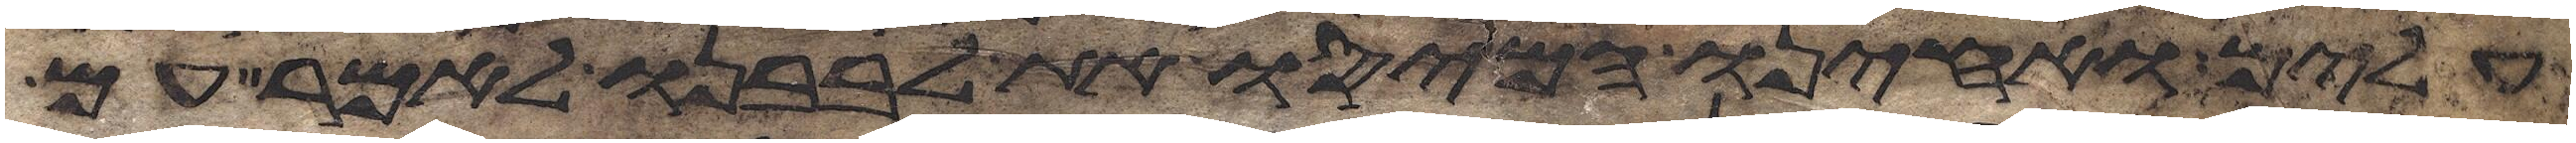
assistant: עלים ואחינו המיסו את לבבנו לאמר עם